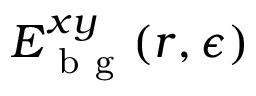
E _ { \mathrm { ~ b ~ g ~ } } ^ { x y } ( \boldsymbol { r } , \epsilon )